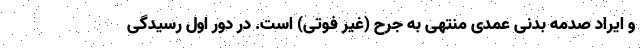
و ایراد صدمه بدنی عمدی منتهی به جرح (غیر فوتی) است. در دور اول رسیدگی